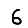
Digit: 6